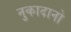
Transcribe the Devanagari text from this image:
नुकादानो